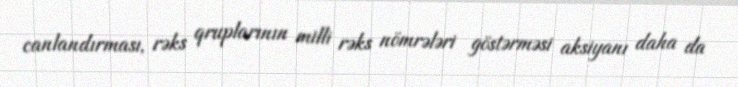
canlandırması, rəks qruplarının milli rəks nömrələri göstərməsi aksiyanı daha da